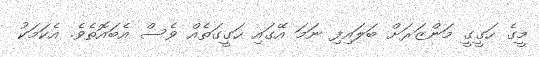
މީގެ ހަގީގީ މަންޒަރަށް ބަލައިފި ނަމަ އޭގައި ހަގީގަތެއް ވެސް އެބައޮތެވެ. އެކަމަކު